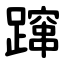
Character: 蹿